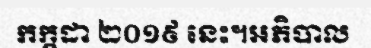
កក្តដា ២០១៩ នេះ។អភិបាល